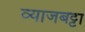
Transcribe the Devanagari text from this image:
व्याजबट्टा